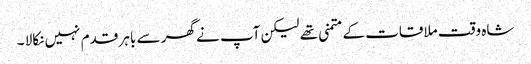
شاہ وقت ملاقات کے متمنی تھے لیکن آپ نے گھر سے باہر قدم نہیں نکالا ۔